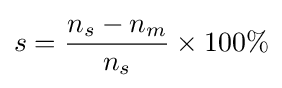
s={\frac {n_{s}-n_{m}}{n_{s}}}\times 100\%